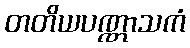
တတိယပဏ္ဏာသကံ